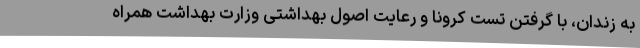
به زندان، با گرفتن تست کرونا و رعایت اصول بهداشتی وزارت بهداشت همراه